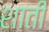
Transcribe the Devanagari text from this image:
शाती